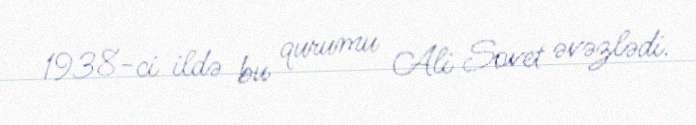
1938-ci ildə bu qurumu Ali Sovet əvəzlədi.